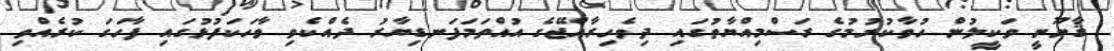
ޤާނޫނީ ވަކީލުން ހުވާކުރުމުގެ ރަސްމިއްޔާތުގައި ދިވެހިރާއްޖޭގެ އުއްތަމަފަނޑިޔާރު ދެއްކެވި ވާހަކަފުޅުގައި ފާހަގަ ކުރެއްވި